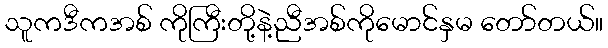
သူကဒီကအစ် ကိုကြီးတို့နဲ့ညီအစ်ကိုမောင်နှမ တော်တယ်။